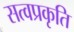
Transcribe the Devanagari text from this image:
सत्वप्रकृति